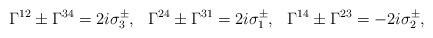
LaTeX: \begin{align*}\Gamma^{12}\pm \Gamma^{34}=2i\sigma_3^{\pm},\,\,\,\,\Gamma^{24}\pm \Gamma^{31}=2i\sigma_1^{\pm},\,\,\,\,\Gamma^{14}\pm\Gamma^{23}=-2i\sigma_2^{\pm},\end{align*}